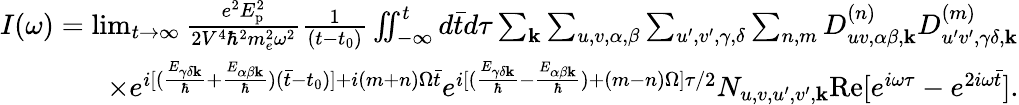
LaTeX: \begin{array}{r}{I(\omega)=\operatorname*{lim}_{t\rightarrow\infty}\frac{e^{2}E_{\textrm{p}}^{2}}{2V^{4}\hbar^{2}m_{e}^{2}\omega^{2}}\frac{1}{(t-t_{0})}\iint_{-\infty}^{t}d\bar{t}d\tau\sum_{\mathbf{k}}\sum_{u,v,\alpha,\beta}\sum_{u^{\prime},v^{\prime},\gamma,\delta}\sum_{n,m}D_{uv,\alpha\beta,\mathbf{k}}^{(n)}D_{u^{\prime}v^{\prime},\gamma\delta,\mathbf{k}}^{(m)}}\\ {\times e^{i[(\frac{E_{\gamma\delta\mathbf{k}}}{\hbar}+\frac{E_{\alpha\beta\mathbf{k}}}{\hbar})(\bar{t}-t_{0})]+i(m+n)\Omega\bar{t}}e^{i[(\frac{E_{\gamma\delta\mathbf{k}}}{\hbar}-\frac{E_{\alpha\beta\mathbf{k}}}{\hbar})+(m-n)\Omega]\tau/2}N_{u,v,u^{\prime},v^{\prime},\mathbf{k}}\textrm{Re}[e^{i\omega\tau}-e^{2i\omega\bar{t}}].}\end{array}